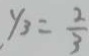
y _ { 3 } = \frac { 2 } { 3 }